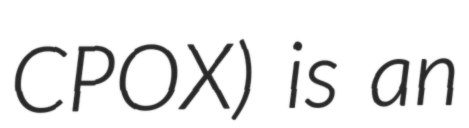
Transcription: CPOX) is an